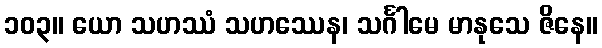
၁၀၃။ ယော သဟဿံ သဟဿေန၊ သင်္ဂါမေ မာနုသေ ဇိနေ။